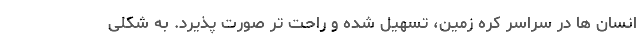
انسان ها در سراسر کره زمین، تسهیل شده و راحت تر صورت پذیرد. به شکلی